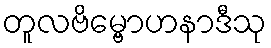
တူလဗိမ္ဗောဟနာဒီသု